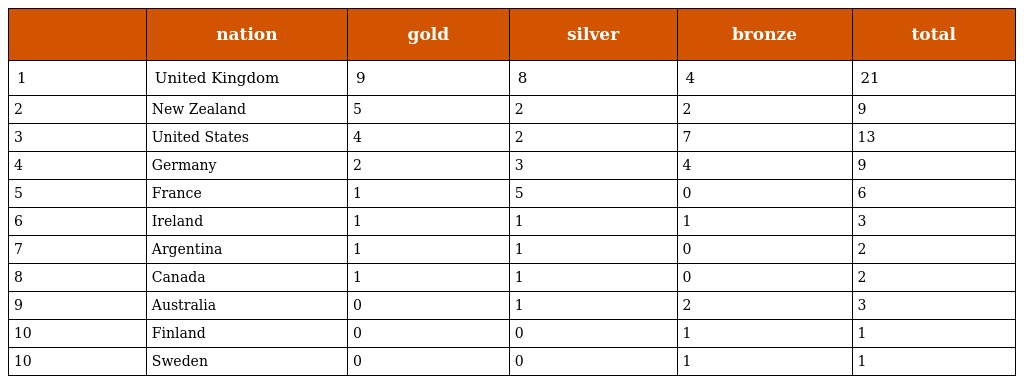
|  | nation | gold | silver | bronze | total |
 | --- | --- | --- | --- | --- | --- |
 | 1 | United Kingdom | 9 | 8 | 4 | 21 |
 | 2 | New Zealand | 5 | 2 | 2 | 9 |
 | 3 | United States | 4 | 2 | 7 | 13 |
 | 4 | Germany | 2 | 3 | 4 | 9 |
 | 5 | France | 1 | 5 | 0 | 6 |
 | 6 | Ireland | 1 | 1 | 1 | 3 |
 | 7 | Argentina | 1 | 1 | 0 | 2 |
 | 8 | Canada | 1 | 1 | 0 | 2 |
 | 9 | Australia | 0 | 1 | 2 | 3 |
 | 10 | Finland | 0 | 0 | 1 | 1 |
 | 10 | Sweden | 0 | 0 | 1 | 1 |